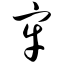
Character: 牢